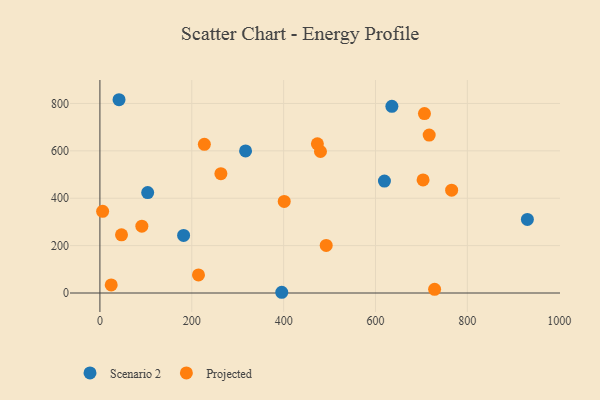
{"axis": {"x": "Ad Spend", "y": "Yield"}, "legend": ["Projected", "Scenario 2"], "data": [{"x": "182.2", "y": 243.1, "type": "Scenario 2"}, {"x": "317.1", "y": 599.7, "type": "Scenario 2"}, {"x": "41.6", "y": 815.8, "type": "Scenario 2"}, {"x": "395.9", "y": 3.1, "type": "Scenario 2"}, {"x": "635.7", "y": 787.8, "type": "Scenario 2"}, {"x": "619.5", "y": 472.3, "type": "Scenario 2"}, {"x": "104.0", "y": 423.9, "type": "Scenario 2"}, {"x": "930.7", "y": 310.4, "type": "Scenario 2"}, {"x": "765.8", "y": 434.1, "type": "Projected"}, {"x": "91.3", "y": 282.0, "type": "Projected"}, {"x": "480.2", "y": 597.2, "type": "Projected"}, {"x": "24.6", "y": 34.0, "type": "Projected"}, {"x": "5.9", "y": 344.8, "type": "Projected"}, {"x": "47.0", "y": 245.4, "type": "Projected"}, {"x": "492.7", "y": 200.7, "type": "Projected"}, {"x": "706.6", "y": 757.4, "type": "Projected"}, {"x": "227.4", "y": 627.6, "type": "Projected"}, {"x": "473.5", "y": 629.6, "type": "Projected"}, {"x": "716.9", "y": 666.8, "type": "Projected"}, {"x": "263.4", "y": 503.8, "type": "Projected"}, {"x": "401.3", "y": 386.5, "type": "Projected"}, {"x": "728.7", "y": 15.7, "type": "Projected"}, {"x": "703.6", "y": 477.4, "type": "Projected"}, {"x": "214.6", "y": 76.5, "type": "Projected"}]}